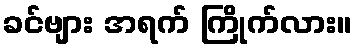
ခင်ဗျား အရက် ကြိုက်လား။